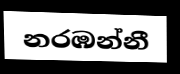
නරඹන්නී